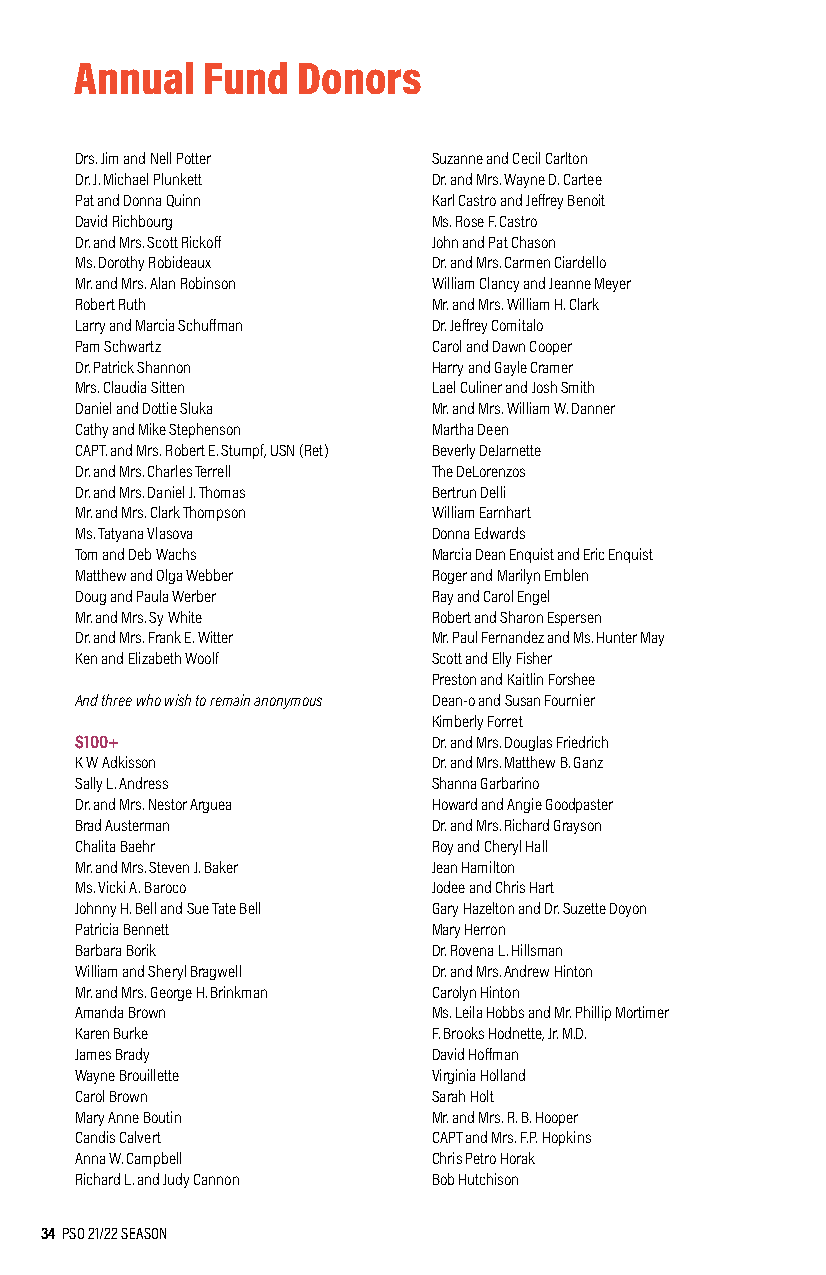
Annual  Fund   Donors
 Drs. Jim and Nell Potter Suzanne and Cecil Carlton
 Dr. J. Michael Plunkett Dr. and Mrs. Wayne D. Cartee
 Pat and Donna Quinn     Karl Castro and Jeffrey Benoit
 David Richbourg         Ms. Rose F. Castro
 Dr. and Mrs. Scott Rickoff John and Pat Chason
 Ms. Dorothy Robideaux   Dr. and Mrs. Carmen Ciardello
 Mr. and Mrs. Alan Robinson William Clancy and Jeanne Meyer
 Robert Ruth             Mr. and Mrs. William H. Clark
 Larry and Marcia Schuffman Dr. Jeffrey Comitalo
 Pam Schwartz            Carol and Dawn Cooper
 Dr. Patrick Shannon     Harry and Gayle Cramer
 Mrs. Claudia Sitten     Lael Culiner and Josh Smith
 Daniel and Dottie Sluka Mr. and Mrs. William W. Danner
 Cathy and Mike Stephenson Martha Deen
 CAPT. and Mrs. Robert E. Stumpf, USN (Ret) Beverly DeJarnette
 Dr. and Mrs. Charles Terrell The DeLorenzos
 Dr. and Mrs. Daniel J. Thomas Bertrun Delli
 Mr. and Mrs. Clark Thompson William Earnhart
 Ms. Tatyana Vlasova     Donna Edwards
 Tom and Deb Wachs       Marcia Dean Enquist and Eric Enquist
 Matthew and Olga Webber Roger and Marilyn Emblen
 Doug and Paula Werber   Ray and Carol Engel
 Mr. and Mrs. Sy White   Robert and Sharon Espersen
 Dr. and Mrs. Frank E. Witter Mr. Paul Fernandez and Ms. Hunter May
 Ken and Elizabeth Woolf Scott and Elly Fisher
 Preston and Kaitlin Forshee
 And three who wish to remain anonymous Dean-o and Susan Fournier
 Kimberly Forret
 $100+                   Dr. and Mrs. Douglas Friedrich
 K W Adkisson            Dr. and Mrs. Matthew B. Ganz
 Sally L. Andress        Shanna Garbarino
 Dr. and Mrs. Nestor Arguea Howard and Angie Goodpaster
 Brad Austerman          Dr. and Mrs. Richard Grayson
 Chalita Baehr           Roy and Cheryl Hall
 Mr. and Mrs. Steven J. Baker Jean Hamilton
 Ms. Vicki A. Baroco     Jodee and Chris Hart
 Johnny H. Bell and Sue Tate Bell Gary Hazelton and Dr. Suzette Doyon
 Patricia Bennett        Mary Herron
 Barbara Borik           Dr. Rovena L. Hillsman
 William and Sheryl Bragwell Dr. and Mrs. Andrew Hinton
 Mr. and Mrs. George H. Brinkman Carolyn Hinton
 Amanda Brown            Ms. Leila Hobbs and Mr. Phillip Mortimer
 Karen Burke             F. Brooks Hodnette, Jr. M.D.
 James Brady             David Hoffman
 Wayne Brouillette       Virginia Holland
 Carol Brown             Sarah Holt
 Mary Anne Boutin        Mr. and Mrs. R. B. Hooper
 Candis Calvert          CAPT and Mrs. F.P. Hopkins
 Anna W. Campbell        Chris Petro Horak
 Richard L. and Judy Cannon Bob Hutchison
 34 PSO 21/22 SEASON